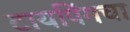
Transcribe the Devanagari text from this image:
टायपिंगचा